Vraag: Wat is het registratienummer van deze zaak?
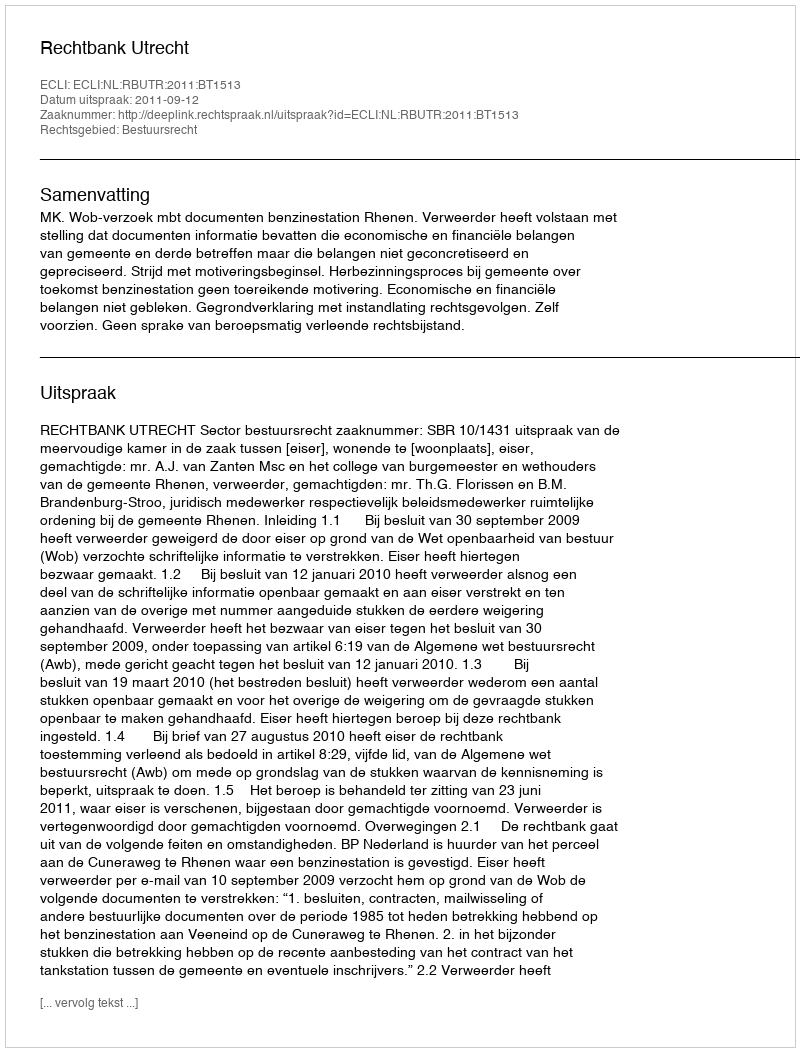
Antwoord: http://deeplink.rechtspraak.nl/uitspraak?id=ECLI:NL:RBUTR:2011:BT1513